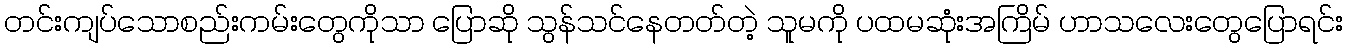
တင်းကျပ်သောစည်းကမ်းတွေကိုသာ ပြောဆို သွန်သင်နေတတ်တဲ့ သူမကို ပထမဆုံးအကြိမ် ဟာသလေးတွေပြောရင်း